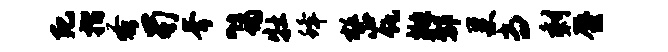
死摺蚤蜀斧~蝎牡蜂整瓴抛鄢巢当剩蜃